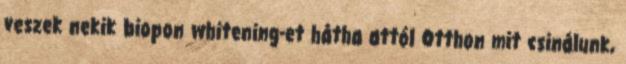
veszek nekik biopon whitening-et hátha attól Otthon mit csinálunk,